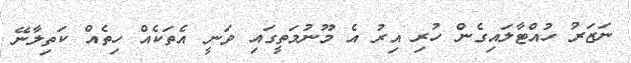
ނަޒަރު ހުއްޓާލައިގެން ހުރި އިރު އެ މޫނުމަތީގައި ވަނީ އެތަކެއް ހިތެއް ކަތިލާނޭ